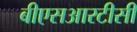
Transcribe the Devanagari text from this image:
बीएसआरटीसी